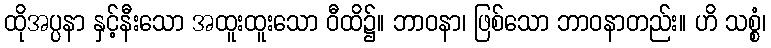
ထိုအပ္ပနာ နှင့်နီးသော အထူးထူးသော ဝီထိ၌။ ဘာဝနာ၊ ဖြစ်သော ဘာဝနာတည်း။ ဟိ သစ္စံ၊